Scottish Certificate of Education, 1962
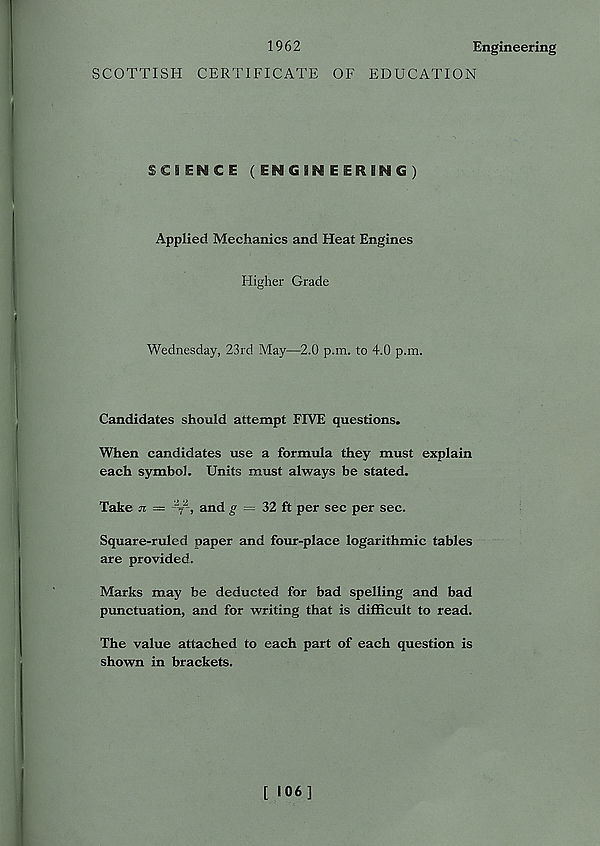
1962
Engineering
SCOTTISH CERTIFICATE OF EDUCATION
SCBENCE (ENGINEERING)
Applied Mechanics and Heat Engines
Higher Grade
Wednesday, 23rd May—2.0 p.m. to 4.0 p.m.
Candidates should attempt FIVE questions.
When candidates use a formula they must explain
each symbol. Units must always be stated.
Take JC —— 7 > and £ = 32 ft per sec per sec.
Square-ruled paper and four-place logarithmic tables
are provided.
Marks may be deducted for bad spelling and bad
punctuation, and for writing that is difficult to read.
The value attached to each part of each question is
shown in brackets.
[ 106]